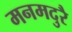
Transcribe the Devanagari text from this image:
मनमदुरै